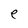
Character: e